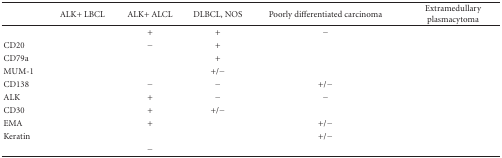
<table><thead><tr><td>[EMPTY_CELL]</td><td><b>ALK+ LBCL</b></td><td><b>ALK+ ALCL</b></td><td><b>DLBCL, NOS</b></td><td><b>Poorly differentiated carcinoma</b></td><td><b>Extramedullary plasmacytoma</b></td></tr></thead><tbody><tr><td>[EMPTY_CELL]</td><td>[EMPTY_CELL]</td><td>+</td><td>+</td><td>−</td><td>[EMPTY_CELL]</td></tr><tr><td>CD20</td><td>[EMPTY_CELL]</td><td>−</td><td>+</td><td>[EMPTY_CELL]</td><td>[EMPTY_CELL]</td></tr><tr><td>CD79a</td><td>[EMPTY_CELL]</td><td>[EMPTY_CELL]</td><td>+</td><td>[EMPTY_CELL]</td><td>[EMPTY_CELL]</td></tr><tr><td>MUM-1</td><td>[EMPTY_CELL]</td><td>[EMPTY_CELL]</td><td>+/−</td><td>[EMPTY_CELL]</td><td>[EMPTY_CELL]</td></tr><tr><td>CD138</td><td>[EMPTY_CELL]</td><td>−</td><td>−</td><td>+/−</td><td>[EMPTY_CELL]</td></tr><tr><td>ALK</td><td>[EMPTY_CELL]</td><td>+</td><td>−</td><td>−</td><td>[EMPTY_CELL]</td></tr><tr><td>CD30</td><td>[EMPTY_CELL]</td><td>+</td><td>+/−</td><td>[EMPTY_CELL]</td><td>[EMPTY_CELL]</td></tr><tr><td>EMA</td><td>[EMPTY_CELL]</td><td>+</td><td>[EMPTY_CELL]</td><td>+/−</td><td>[EMPTY_CELL]</td></tr><tr><td>Keratin</td><td>[EMPTY_CELL]</td><td>[EMPTY_CELL]</td><td>[EMPTY_CELL]</td><td>+/−</td><td>[EMPTY_CELL]</td></tr><tr><td>[EMPTY_CELL]</td><td>[EMPTY_CELL]</td><td>−</td><td>[EMPTY_CELL]</td><td>[EMPTY_CELL]</td><td>[EMPTY_CELL]</td></tr></tbody></table>